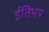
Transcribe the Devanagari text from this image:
ईतिभय